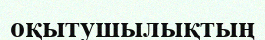
оқытушылықтың